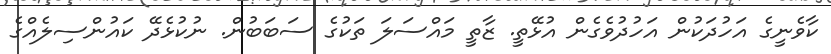
ކާވެނީގެ އަހުދަކުން އަހުދުވެގެން އުޅޭތީ. ޒާތީ މައްސަލަ ތަކުގެ ސަބަބުން. ނުކުޅެދޭ ކައުންސިލެއްގެ